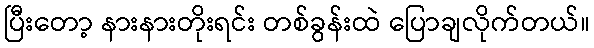
ပြီးတော့ နားနားတိုးရင်း တစ်ခွန်းထဲ ပြောချလိုက်တယ်။